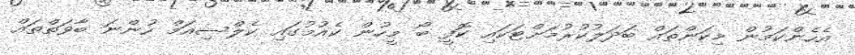
އެހެންކަމުން މިކަންތައް ބަދަލުކުރުމަށްޓަކައި ކޮފީ ބޯ މީހުން ކެއުމުގައި ކެލްސިއަމް ހުންނަ ބާވަތްތައް